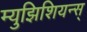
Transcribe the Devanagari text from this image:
म्युझिशियन्स्